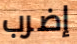
إضرب